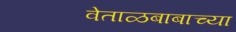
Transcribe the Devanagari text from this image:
वेताळबाबाच्या